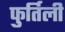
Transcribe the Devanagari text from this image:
फुर्तिली